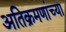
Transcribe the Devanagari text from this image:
अतिक्रमणांच्या